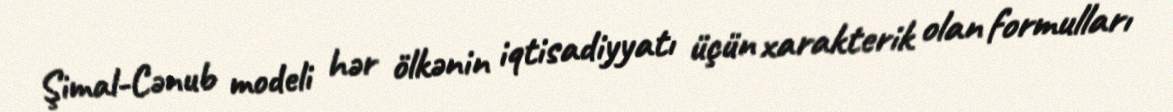
Şimal-Cənub modeli hər ölkənin iqtisadiyyatı üçün xarakterik olan formulları